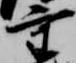
重